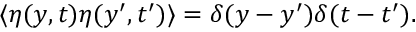
\langle \eta ( y , t ) \eta ( y ^ { \prime } , t ^ { \prime } ) \rangle = \delta ( y - y ^ { \prime } ) \delta ( t - t ^ { \prime } ) .